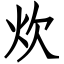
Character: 炊